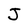
Character: J